Medical and sanitary report of the native army of Bengal for the year
Year: 1876
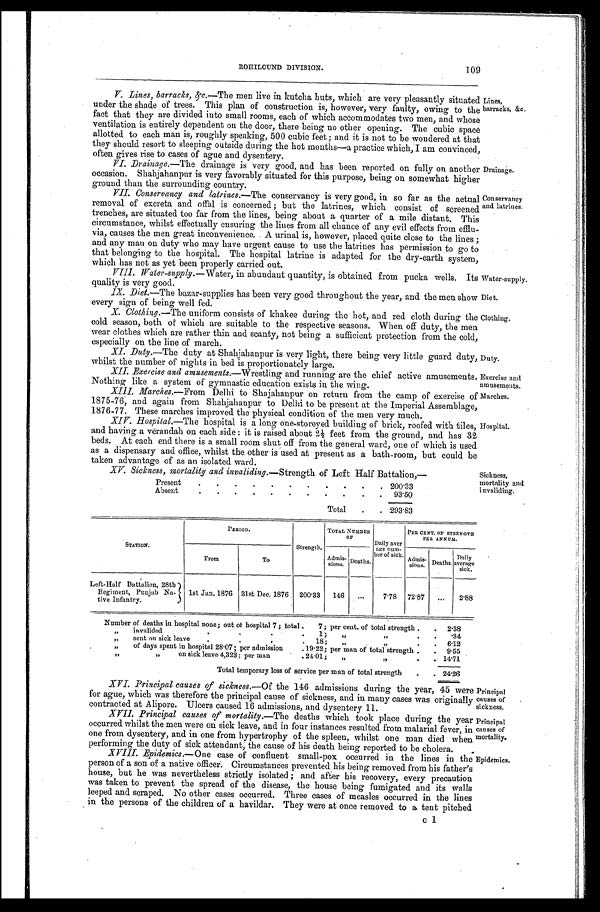
Principal
causes of
sickness.
Principal
causes of
mortality.
Epidemics.
109
ROHILCUND DIVISION.
V. Lines, barracks, &c.— T h e m e n l i v e i n k u t c h a h u t s , w h i c h a r e v e r y p l e a s a n t l y s i t u a t e d
under the shade of trees. This plan of construction is, however, very faulty, owing to the
fact that they are divided into small rooms, each of which accommodates two men, and whose
ventilation is entirely dependent on the door, there being no other opening. The cubic space
allotted to each man is, roughly speaking, 500 cubic feet; and it is not to be wondered at that
they should resort to sleeping outside during the hot months—a practice which, I am convinced,
often gives rise to cases of ague and dysentery.
VI. Drainage.—The drainage is very good, and has been reported on fully on another
occasion. Shahjahanpur is very favorably situated for this purpose, being on somewhat higher
ground than the surrounding country.
VII. Conservancy and latrines. —The conservancy is very good, in so far as the actual
removal of excreta and offal is concerned; but the latrines, which consist of screened
trenches, are situated too far from the lines, being about a quarter of a mile distant. This
circumstance, whilst effectually ensuring the lines from all chance of any evil effects from efflu
- v i a , c a u s e s t h e m e n g r e a t i n c o n v e n i e n c e . A u r i n a l i s , h o w e v e r , p l a c e d q u i t e c l o s e t o t h e l i n e s ;
and any man on duty who may have urgent cause to use the latrines has permission to go to
that belonging to the hospital. The hospital latrine is adapted for the dry-earth system,
which has not as yet been properly carried out.
VIII. Water-supply. —Water, in abundant quantity, is obtained from pucka wells. Its
quality is very good.
IX. Diet.—The bazar-supplies has been very good throughout the year, and the men show
every sign of being well fed.
X. Clothing.—The uniform consists of khakee during the hot, and red cloth during the
cold season, both of which are suitable to the respective seasons. When off duty, the men
wear clothes which are rather thin and scanty, not being a sufficient protection from the cold,
especially on the line of march.
XI. Duty.—The duty at Shahjahanpur is very light, there being very little guard duty,
whilst the number of nights in bed is proportionately large.
XII. Exercise and amusements.—Wrestling and running are the chief active amusements.
Nothing like a system of gymnastic education exists in the wing.
XIII. Marches.—From Delhi to Shajahanpur on return from the camp of exercise of
1875-76, and again from Shahjahanpur to Delhi to be present at the Imperial Assemblage,
1876-77. These marches improved the physical condition of the men very much.
XIV. Hospital.—The hospital is a long one-storeyed building of brick, roofed with tiles,
and having a verandah on each side: it is raised about 2½ feet from the ground, and has 32
beds. At each end there is a small room shut off from the general ward, one of which is used
as a dispensary and office, whilst the other is used at present as a bath-room, but could be
taken advantage of as an isolated ward.
Lines,
barracks, &c.
Drainage.
Conservancy
and latrines.
Water-supply.
Diet.
Clothing.
Duty.
Exercise and
amusements.
Marches.
Hospital.
XV. Sickaiess, mortality and invaliding. —Strength of Left Half Battalion,—
Present
2 0 0 . 3 3
Absent
93.50
Total
2 9 3 . 8 3
Sickness,
mortality and
invaliding.
STATION.
PERIOD.
Strength.
TOTAL NUMBER OF
Daily aver
are num- b e r o f s i c k .
PER CENT. OF STRENGTH
PER ANNUM.
From
To
Admis- sions. Deaths.
A d m i s -
sions. Deaths. Daily
average sick.
Left-Half Battalion, 28th
Regiment, Punjab Na-
tive Infantry.
1st Jan. 1876 31st Dec. 1876 200.33 146
7.78 72.87
2.88
Number of deaths in hospital none; out of hospital 7; total. 7; per cent. of total strength
2 . 3 8
„ i n v a l i d e d 1 ; „ „
.34
„ s e n t o n s i c k l e a v e 1 8 ; „ „
6 . 1 2
„ of days spent in hospital 28.07; per admission 19.22; per man of total strength
9.55
„ „ on sick leave 4,323; per man 24.01; „ „
14.71
Total temporary loss of service per man of total strength
2 4 . 2 6
XVI. Principal causes of sickness.—Of the 146 admissions during the year, 45 were
for ague, which was therefore the principal cause of sickness, and in many cases was originally
contracted at Alipore. Ulcers caused 16 admissions, and dysentery 11.
XVII. Principal causes of mortality. —The deaths which took place during the year
occurred whilst the men were on sick leave, and in four instances resulted from malarial fever, in
one from dysentery, and in one from hypertrophy of the spleen, whilst one man died when
performi ng t he dut y of si ck at t endant , t he cause of hi s deat h bei ng report ed t o be chol era.
XVIII. Epidemics.—One case of confluent small-pox occurred in the lines in the
person of a son of a native officer. Circumstances prevented his being removed from his father's
house, but he was nevertheless strictly isolated; and after his recovery, every precaution
was taken to prevent the spread of the disease, the house being fumigated and its walls
leeped and scraped. No other cases occurred. Three cases of measles occurred in the lines
in the persons of the children of a havildar. They were at once removed to a tent pitched
c1